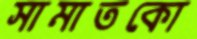
সামাতকো